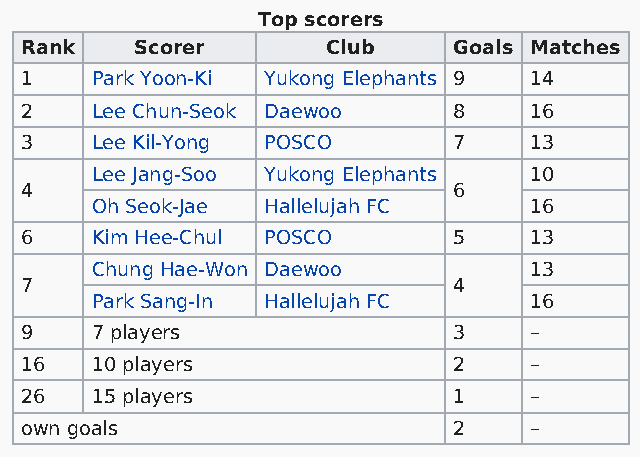
Top scorers
 Rank    Scorer       Club    Goals Matches
 1    Park Yoon-Ki Yukong Elephants 9 14
 2    Lee Chun-Seok Daewoo    8    16
 3    Lee Kil-Yong POSCO      7    13
 Lee Jang-Soo Yukong Elephants 10
 4                            6
 Oh Seok-Jae Hallelujah FC    16
 6    Kim Hee-Chul POSCO      5    13
 Chung Hae-Won Daewoo         13
 7                            4
 Park Sang-In Hallelujah FC   16
 9    7 players               3    –
 16   10 players              2    –
 26   15 players              1    –
 own goals                    2    –